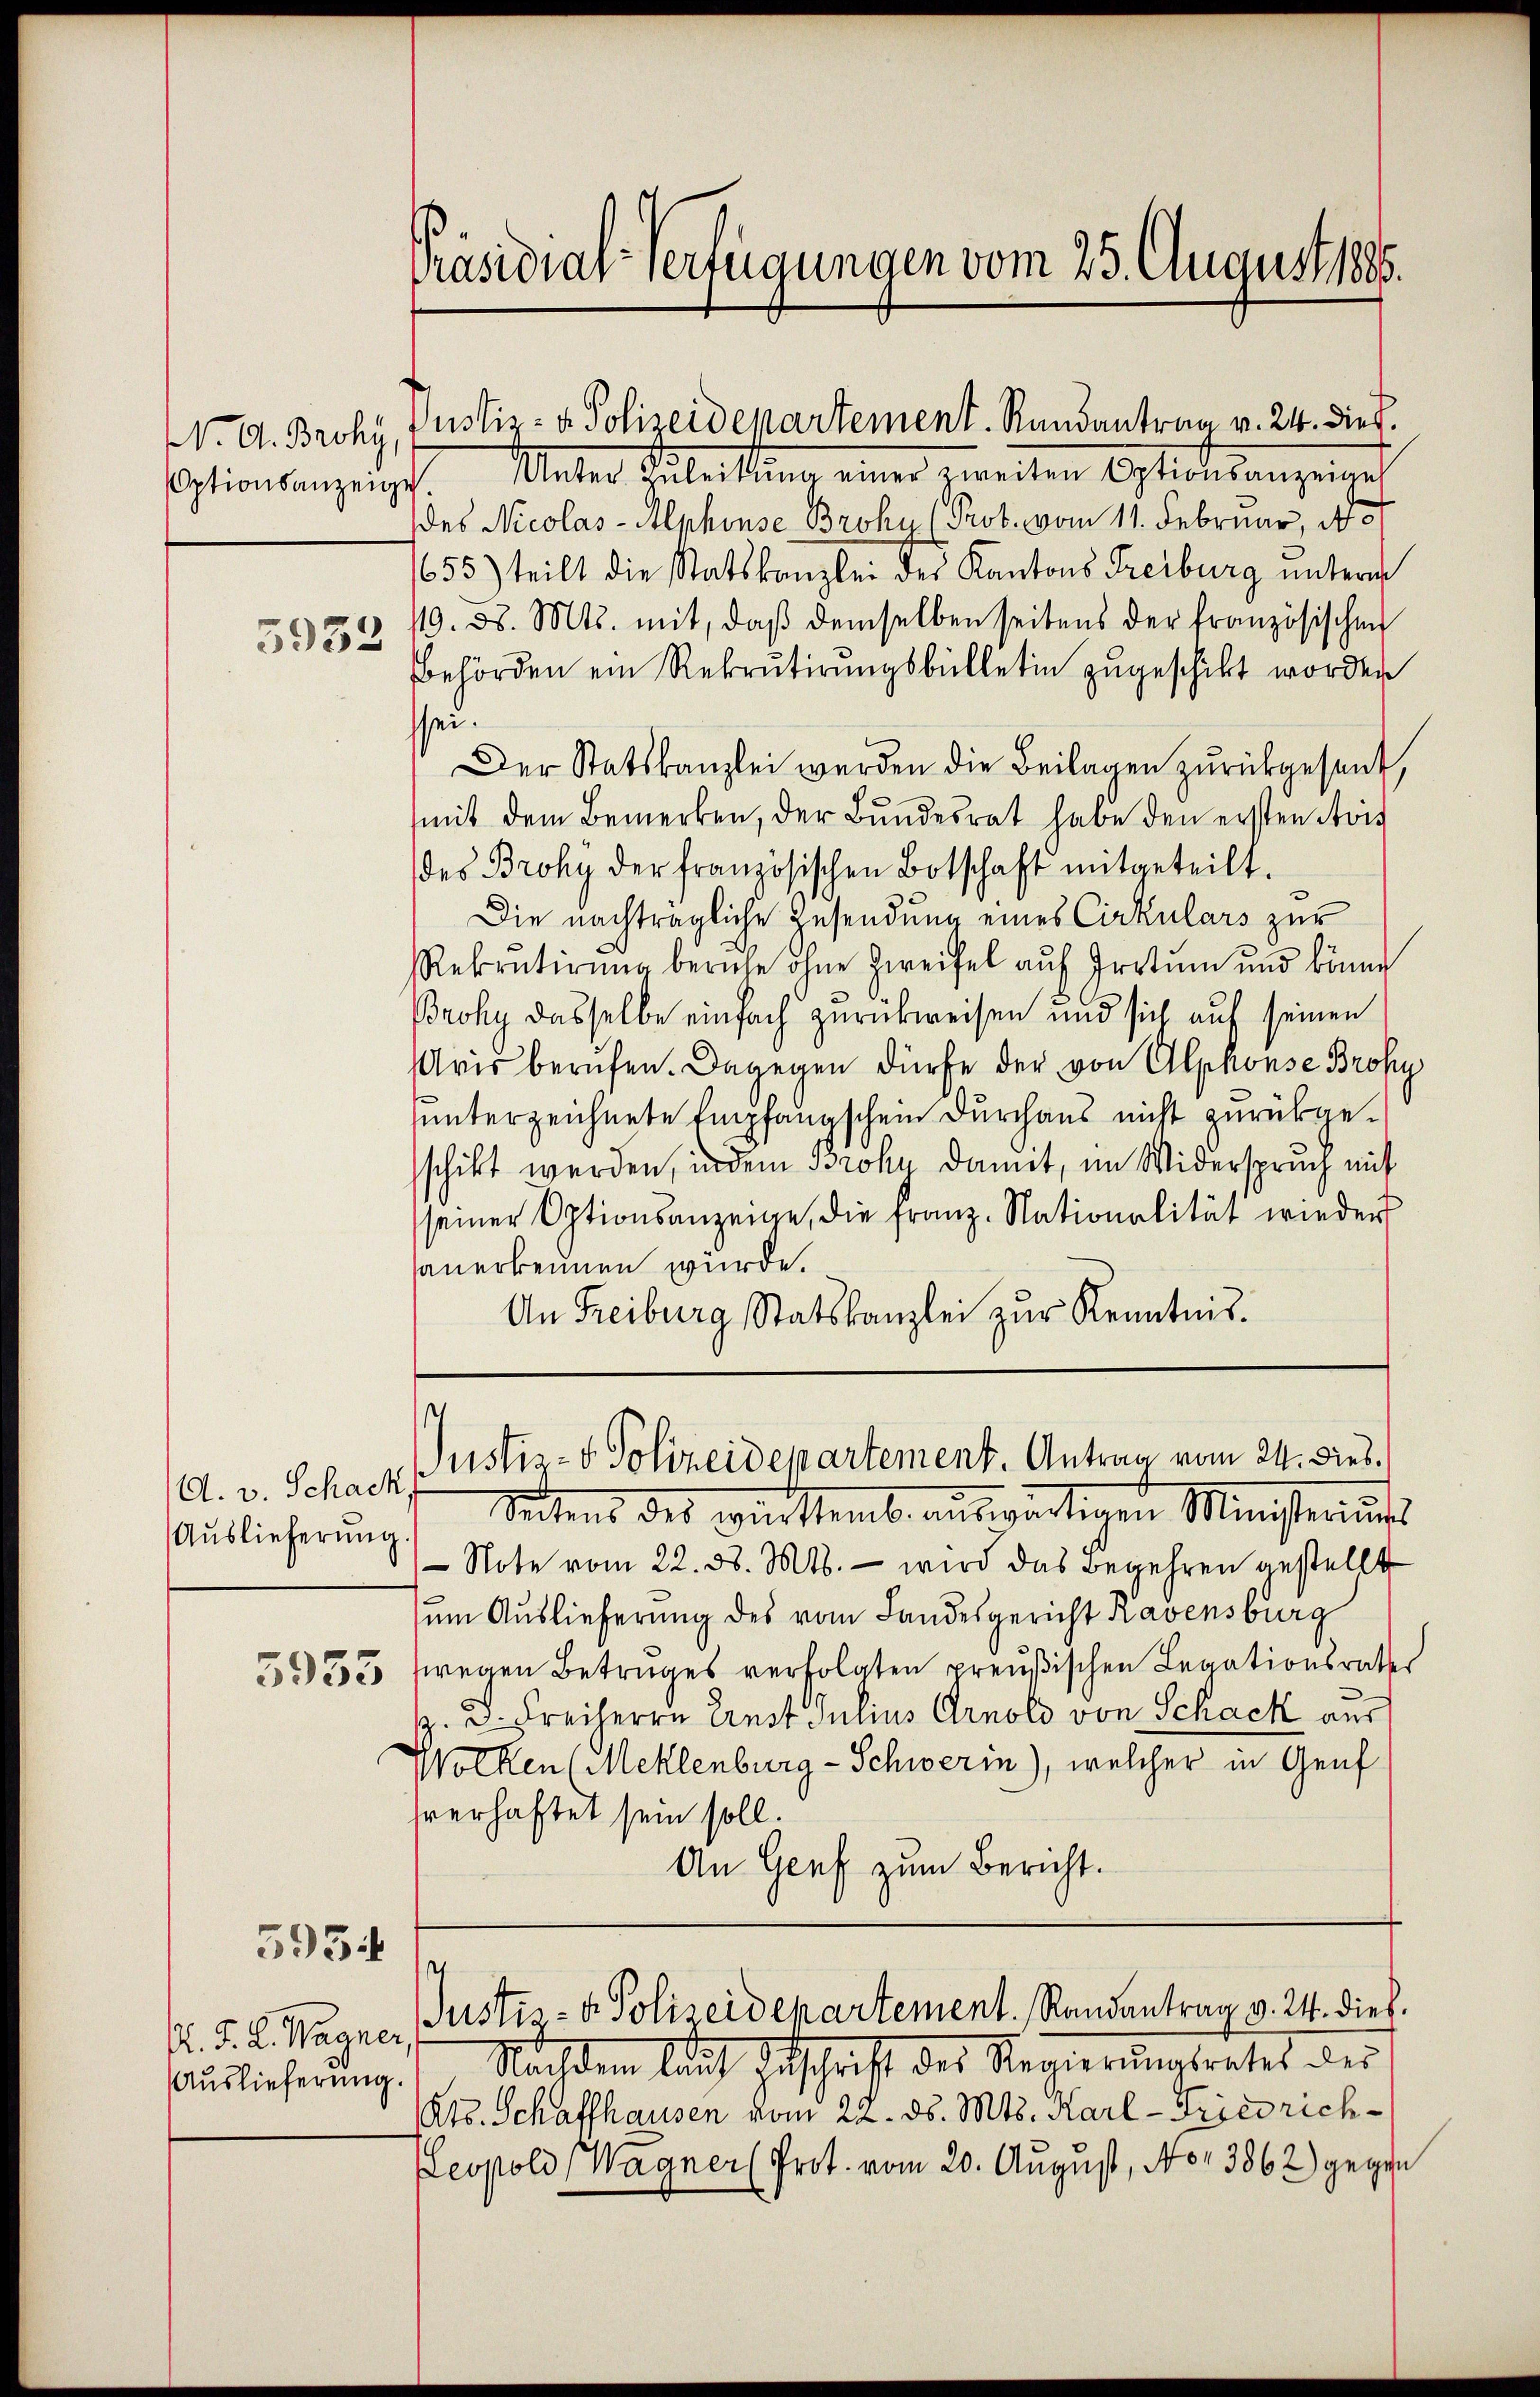
W. A. Broky,
ptionsanzeig

5932

A. v. Schack
Auslieferung.

595

Auslieferung.

Präsidial-Verfügungen vom 25. August 1885.

Meter Zuleitŭng einer zweiten Optionsanzeigeh
des Nicolas-Alphinse Broky (Prot. vom 11. Februar, N
655) teilt die Statskanzlei des Kantons Freiburg unterm
119. d. Mts. mit, daß demselben seitens der französischen
Behörden ein Rekrutirŭngsbülletin zugeschickt worden
ssei.
Der Statskanzlei werden die Beilagen zurückgesent,
mit dem Bemerken, der Bundesrat habe den ersten Avis
des Broky der französischen Botschaft mitgeteilt.
Die nachträgliche Zusendung eines Cirkulars zur
Rekrutirung beruhe ohne Zweifel auf Irrtum und könne
Broky dasselbe einfach zurückweisen und sich auf seinen
Aris berufen. Dagegen dürfe der von Alphonse Bros
hunterzeichnete Empfangschein Durchaus nicht zurückgeschickt werden, indem Broky damit, im Widerspruch mit
seiner Optionsanzeige, die franz. Nationalität wieder
anerkennen würde.
An Freiburg Statskanzlei zŭr Kenntnis.

Justiz- & Polizeidepartement. Randantrag v. 24. dieß.

Justiz- & Polizeidepartement. Antrag vom 24. dies.

s
K. J. L. Wagner Justis- u. Polizeidepartement. Randantrag v. 24. dies.

Sectens des wir stemb. auswärtigen Ministerint
-Note vom 22. d. Mts. - wird das Begehren gestellt
um Auslieferung des vom Landesgericht Ravensburg
5533 fwegen Betruges verfolgten preußischen Legationsrathes
z. Dr. Freiherrn Ernst Julius Arnold von Schack aus
Wolken (Meklenburg - Schwerin), welcher in Genf
hverhaftet sein soll.
An Genf zum Bericht.

Nachdem lauf Erschrift des Regierŭngsrates der
Kts. Schaffhausen vom 22. ds. Mts. Karl-Friedrich¬
Leopold (Wagner (Prot. vom 20. August, No. 3862) gegen